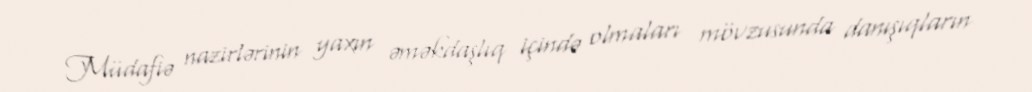
Müdafiə nazirlərinin yaxın əməkdaşlıq içində olmaları mövzusunda danışıqların